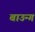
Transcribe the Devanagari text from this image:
बाउन्ग